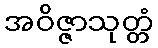
အဝိဇ္ဇာသုတ္တံ